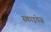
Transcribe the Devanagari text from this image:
स्काइवेज़